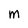
Character: M